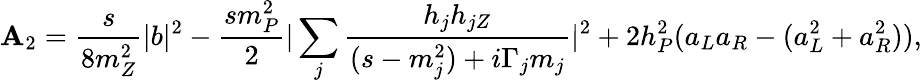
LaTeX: \mathbf{A}_{2}=\frac{{s}}{{8m_{Z}^{2}}}|b|^{2}-\frac{{sm_{P}^{2}}}{{2}}|\sum_{j}\frac{{h_{j}h_{jZ}}}{{(s-m_{j}^{2})+i\Gamma_{j}m_{j}}}|^{2}+2h_{P}^{2}(a_{L}a_{R}-(a_{L}^{2}+a_{R}^{2})),